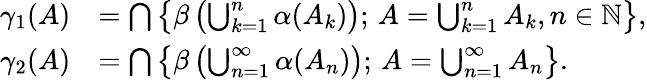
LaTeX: \begin{array}{rl}{\gamma_{1}(A)}&{=\bigcap\left\{ \beta\left(\bigcup_{k=1}^{n}\alpha(A_{k})\right);\, A=\bigcup_{k=1}^{n}A_{k},n\in\mathbb N\right\} ,}\\ {\gamma_{2}(A)}&{=\bigcap\left\{ \beta\left(\bigcup_{n=1}^{\infty}\alpha(A_{n})\right);\, A=\bigcup_{n=1}^{\infty}A_{n}\right\} .}\end{array}